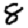
Digit: 8